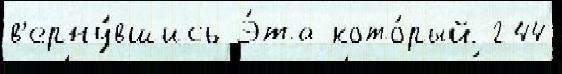
в'ерну́вшись Э́та кото́рый 244